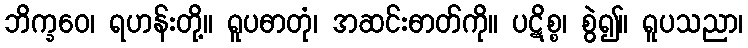
ဘိက္ခဝေ၊ ရဟန်းတို့။ ရူပဓာတုံ၊ အဆင်းဓာတ်ကို။ ပဋိစ္စ၊ စွဲ၍။ ရူပသညာ၊